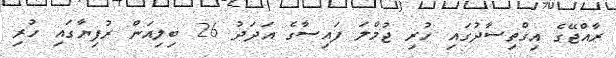
ރާއްޖޭގެ އިގްތިސާދުގައި ހުރި ޖުމްލަ ފައިސާގެ އަދަދު 26 ބިލިއަން ރުފިޔާގައި ހުރި